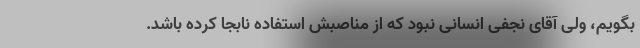
بگویم، ولی آقای نجفی انسانی نبود که از مناصبش استفاده نابجا کرده باشد.